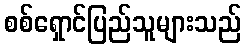
စစ်ရှောင်ပြည်သူများသည်